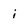
Character: j